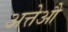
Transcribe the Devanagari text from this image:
अत्तेऔ